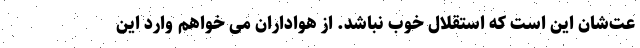
عت‌شان این است که استقلال خوب نباشد. از هواداران می خواهم وارد این